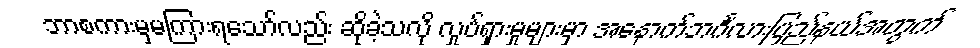
ဘာစကားမှမကြားရသော်လည်း ဆိုခဲ့သလို လှုပ်ရှားမှုများမှာ အနောက်ဘင်္ဂလားပြည်နယ်အတွက်